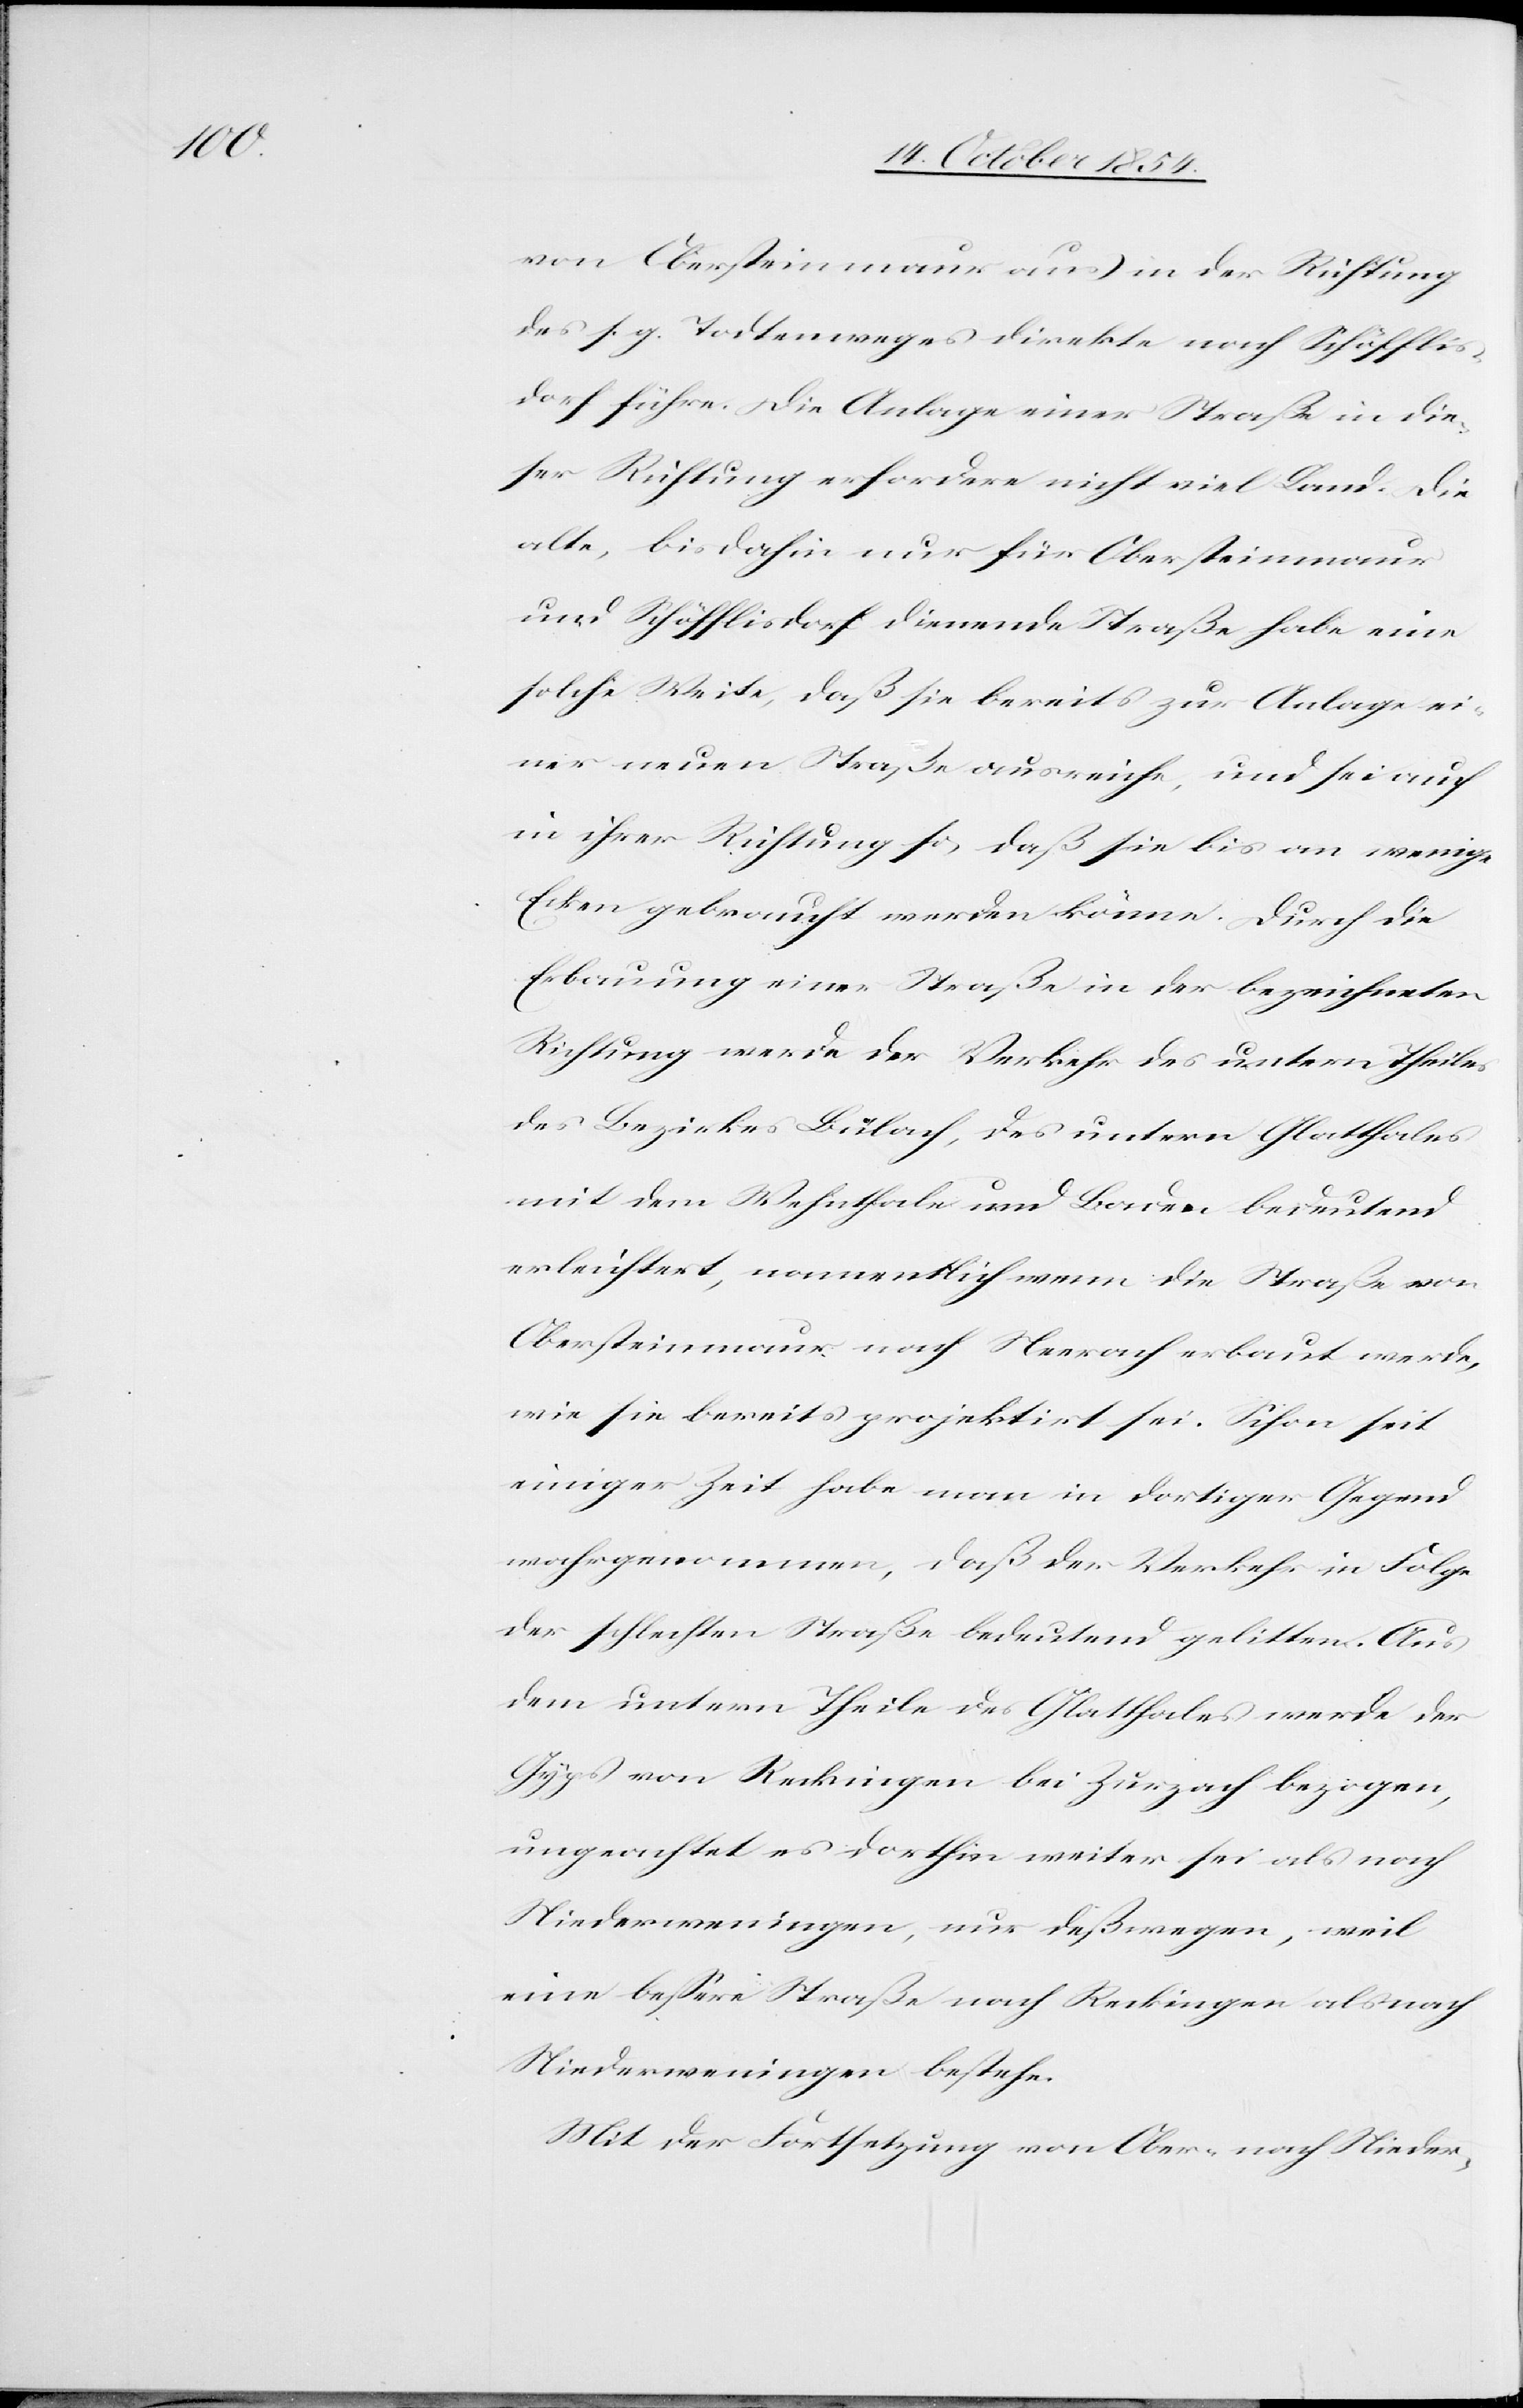
t].

von Obersteinmaur aus in der Richtung
des s. g. Todtenweges direkte nach Schöfflis¬
dorf führe. Die Anlage einer Straße in die¬
ser Richtung erfordere nicht viel Land. Die
alte, bis dahin nur für Obersteinmaur
und Schöfflisdorf dienende Straße habe eine
solche Weite, daß sie bereits zur Anlage ei¬
ner neuen Straße ausreiche, und sei auch
in ihrer Richtung so, daß sie bis an wenige
Ecken gebraucht werden könne. Durch die
Erbauung einer Straße in der bezeichneten
Richtung werde der Verkehr des untern Theiles
des Bezirkes Bülach, des untern Glatthales
mit dem Wehnthale und Baden bedeutend
erleichtert, namentlich wenn die Straße von
Obersteinmaur nach Neerach erbaut werde,
wie sie bereits projektirt sei. Schon seit
einiger Zeit habe man in dortiger Gegend
wahrgenommen, daß der Verkehr in Folge
der schlechten Straße bedeutend gelitten [ha¬
dem untern Theile des Glatthales werde der
Gyps von Reckingen bei Zurzach bezogen,
ungeachtet es dorthin weiter sei als nach
Niederweningen, nur deßwegen, weil
eine beßere Straße nach Reckingen als nach
Niederweningen bestehe.
Mit der Fortsetzung von Ober- nach Nieder-